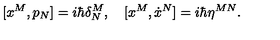
[ x ^ { M } , p _ { N } ] = i \hbar \delta _ { N } ^ { M } , \quad [ x ^ { M } , \dot { x } ^ { N } ] = i \hbar \eta ^ { M N } .